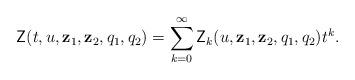
LaTeX: \begin{align*}\mathsf{Z}(t, u, \mathbf{z}_1, \mathbf{z}_2, q_1, q_2)=\sum_{k = 0}^{\infty} \mathsf{Z}_k(u, \mathbf{z}_1, \mathbf{z}_2, q_1, q_2) t^k.\end{align*}